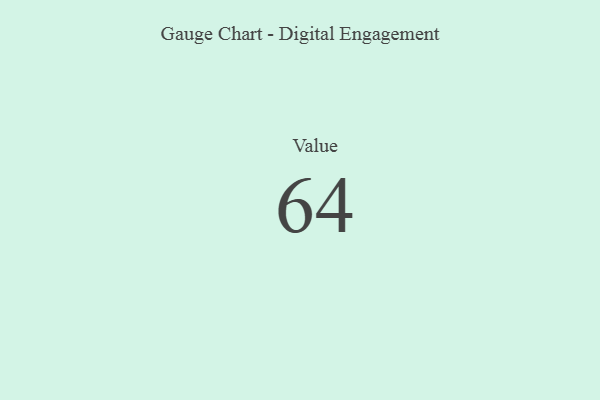
{"axis": {"x": "Metric", "y": "Value"}, "legend": [""], "data": [{"x": "Value", "y": 64, "type": ""}]}